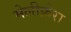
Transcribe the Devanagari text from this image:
मेलीफ़ेरा